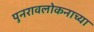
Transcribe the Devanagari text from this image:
पुनरावलोकनाच्या